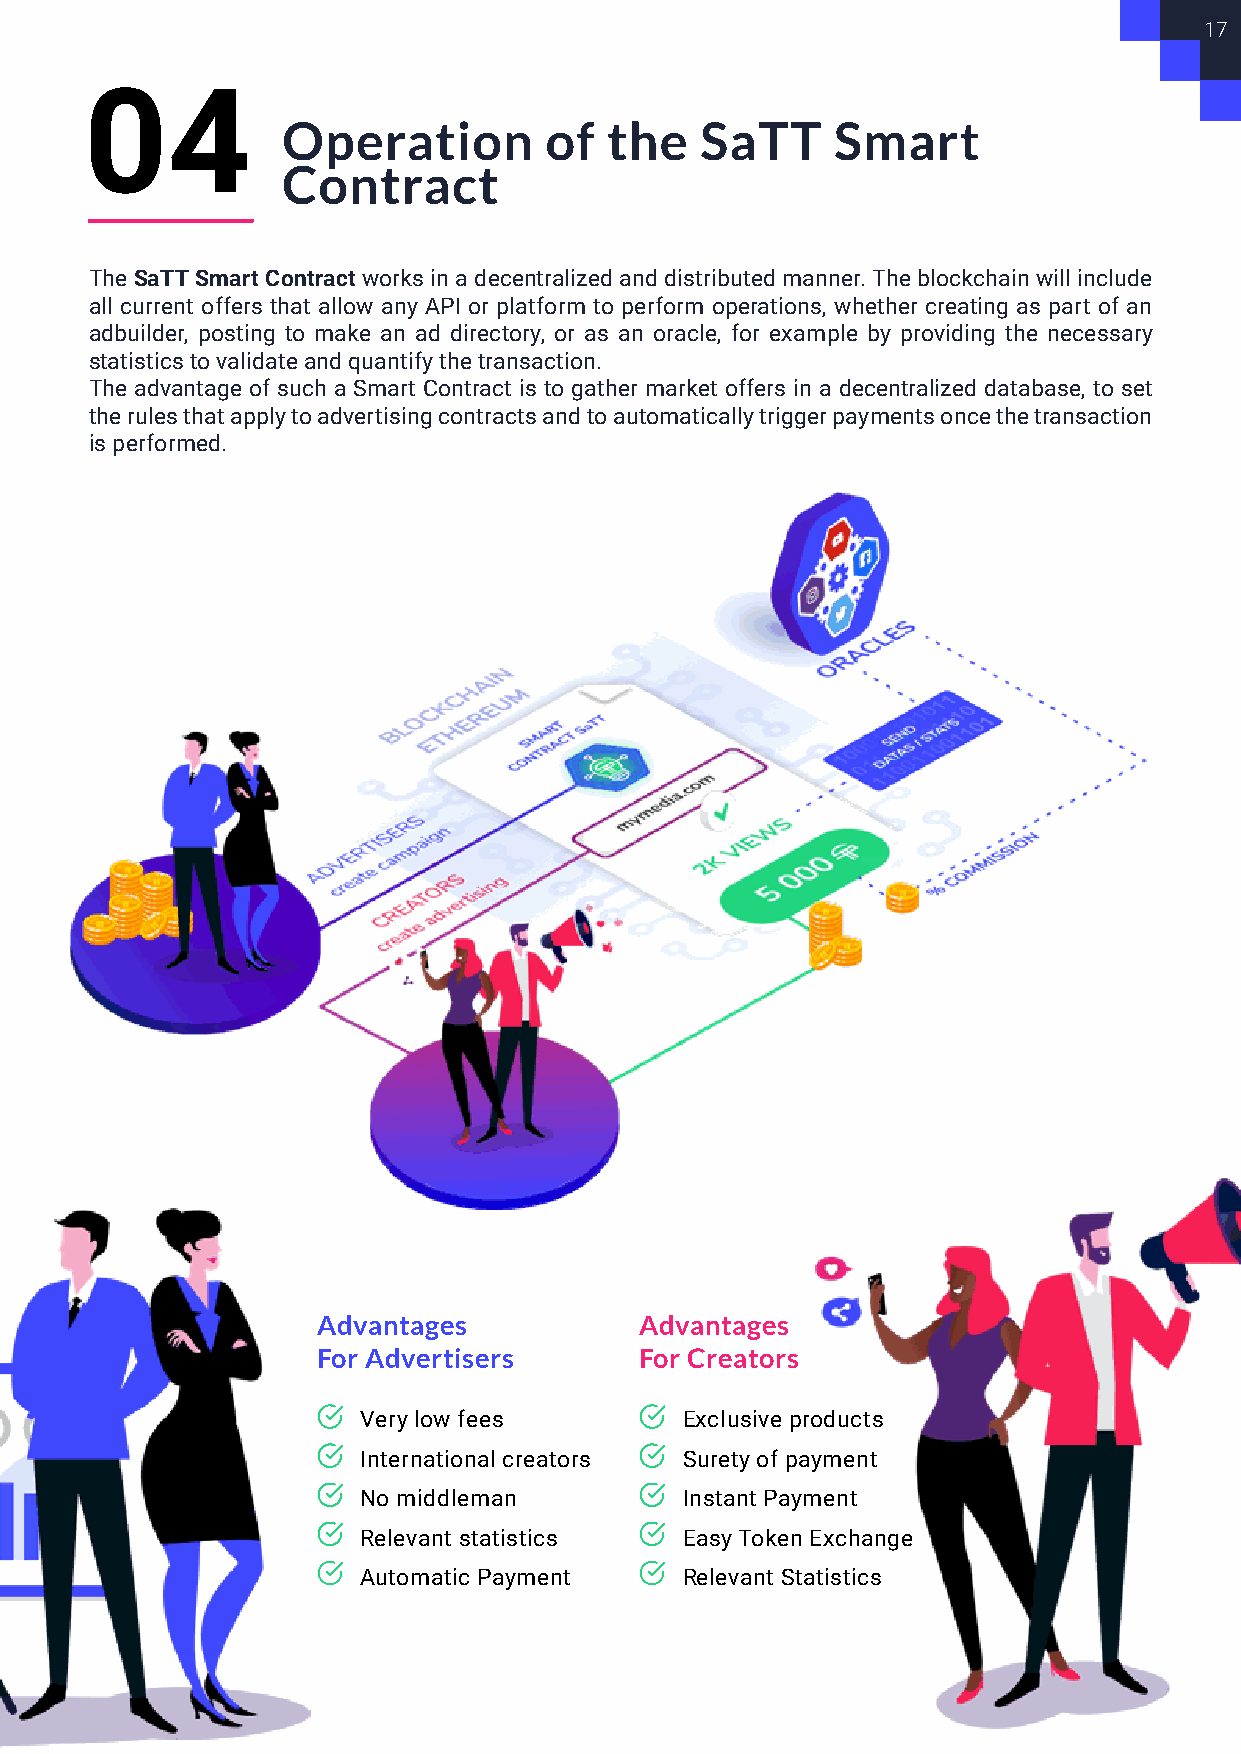
17
 04
 Operation        of  the   SaTT     Smart
 Contract
 The SaTT Smart Contract works in a decentralized and distributed manner. The blockchain will include
 all current offers that allow any API or platform to perform operations, whether creating as part of an
 adbuilder, posting to make an ad directory, or as an oracle, for example by providing the necessary
 statistics to validate and quantify the transaction.
 The advantage of such a Smart Contract is to gather market offers in a decentralized database, to set
 the rules that apply to advertising contracts and to automatically trigger payments once the transaction
 is performed.
 Advantages           Advantages
 For Advertisers      For Creators
 Very low fees        Exclusive products
 International creators Surety of payment
 No middleman         Instant Payment
 Relevant statistics  Easy Token Exchange
 Automatic Payment    Relevant Statistics